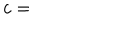
c =